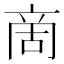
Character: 啇